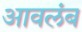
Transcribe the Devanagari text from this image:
आवलंब